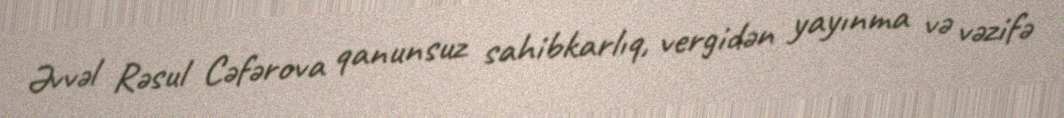
Əvvəl Rəsul Cəfərova qanunsuz sahibkarlıq, vergidən yayınma və vəzifə